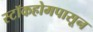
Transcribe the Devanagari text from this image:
स्टॉकहोमपासून